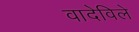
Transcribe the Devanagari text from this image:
वादेविले